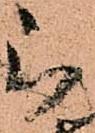
被